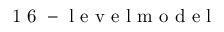
\mathrm { ~ 1 ~ 6 ~ - ~ l ~ e ~ v ~ e ~ l ~ m ~ o ~ d ~ e ~ l ~ }